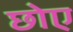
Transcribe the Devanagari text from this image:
छोए